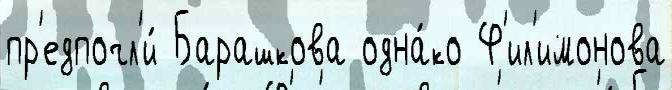
пр'едпочл'и́ Барашкова одна́ко Ф'ил'имонова